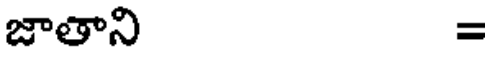
జాతాని =